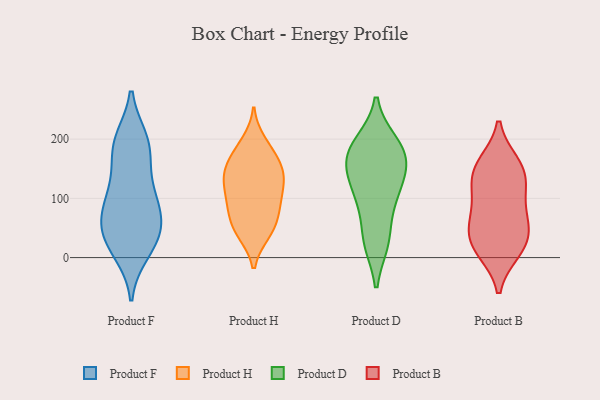
{"axis": {"x": "Revenue (USD Million)", "y": "Value"}, "legend": ["Product B", "Product D", "Product F", "Product H"], "data": [{"x": "", "y": 194, "type": "Product F"}, {"x": "", "y": 11, "type": "Product F"}, {"x": "", "y": 57, "type": "Product F"}, {"x": "", "y": 96, "type": "Product F"}, {"x": "", "y": 70, "type": "Product F"}, {"x": "", "y": 29, "type": "Product F"}, {"x": "", "y": 174, "type": "Product F"}, {"x": "", "y": 114, "type": "Product F"}, {"x": "", "y": 188, "type": "Product F"}, {"x": "", "y": 40, "type": "Product F"}, {"x": "", "y": 197, "type": "Product F"}, {"x": "", "y": 69, "type": "Product F"}, {"x": "", "y": 25, "type": "Product F"}, {"x": "", "y": 115, "type": "Product F"}, {"x": "", "y": 141, "type": "Product H"}, {"x": "", "y": 153, "type": "Product H"}, {"x": "", "y": 41, "type": "Product H"}, {"x": "", "y": 123, "type": "Product H"}, {"x": "", "y": 151, "type": "Product H"}, {"x": "", "y": 99, "type": "Product H"}, {"x": "", "y": 42, "type": "Product H"}, {"x": "", "y": 77, "type": "Product H"}, {"x": "", "y": 44, "type": "Product H"}, {"x": "", "y": 67, "type": "Product H"}, {"x": "", "y": 76, "type": "Product H"}, {"x": "", "y": 185, "type": "Product H"}, {"x": "", "y": 174, "type": "Product H"}, {"x": "", "y": 102, "type": "Product H"}, {"x": "", "y": 195, "type": "Product H"}, {"x": "", "y": 134, "type": "Product H"}, {"x": "", "y": 110, "type": "Product H"}, {"x": "", "y": 145, "type": "Product H"}, {"x": "", "y": 168, "type": "Product D"}, {"x": "", "y": 123, "type": "Product D"}, {"x": "", "y": 90, "type": "Product D"}, {"x": "", "y": 165, "type": "Product D"}, {"x": "", "y": 189, "type": "Product D"}, {"x": "", "y": 27, "type": "Product D"}, {"x": "", "y": 112, "type": "Product D"}, {"x": "", "y": 29, "type": "Product D"}, {"x": "", "y": 156, "type": "Product D"}, {"x": "", "y": 193, "type": "Product D"}, {"x": "", "y": 58, "type": "Product B"}, {"x": "", "y": 58, "type": "Product B"}, {"x": "", "y": 46, "type": "Product B"}, {"x": "", "y": 88, "type": "Product B"}, {"x": "", "y": 123, "type": "Product B"}, {"x": "", "y": 156, "type": "Product B"}, {"x": "", "y": 158, "type": "Product B"}, {"x": "", "y": 12, "type": "Product B"}, {"x": "", "y": 17, "type": "Product B"}, {"x": "", "y": 18, "type": "Product B"}, {"x": "", "y": 146, "type": "Product B"}, {"x": "", "y": 118, "type": "Product B"}]}